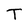
Character: T